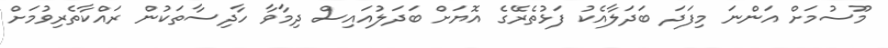
މޫސުމަށް އަންނަ މިފަދަ ބަދަލާއެކު ފަޅުތެރޭގެ އޮޔަށް ބަދަލުއައިސް ދިމާވާ ހާދިސާތަކުން ރައްކާތެރިވުމަށް